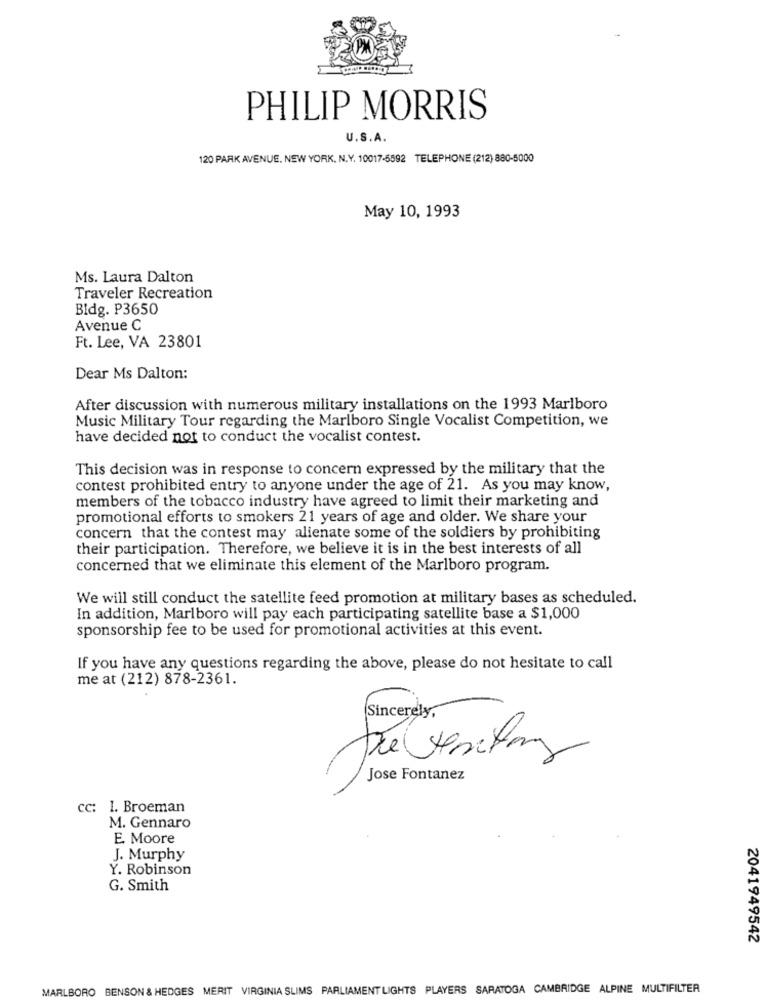
PHILIP MORRIS
U.S.A.
120 PARK AVENUE. NEW YORK. N.Y. 10017-5592 TELEPHONE (212) 880-5000
May 10, 1993
Ms. Laura Dalton
Traveler Recreation
Bldg. P3650
Avenue C
Ft. Lee, VA 23801
Dear Ms Dalton:
After discussion with numerous military installations on the 1993 Marlboro
Music Military Tour regarding the Marlboro Single Vocalist Competition, we
have decided not to conduct the vocalist contest.
This decision was in response to concern expressed by the military that the
contest prohibited entry to anyone under the age of 21. As you may know,
members of the tobacco industry have agreed to limit their marketing and
promotional efforts to smokers 21 years of age and older. We share your
concern that the contest may alienate some of the soldiers by prohibiting
their participation. Therefore, we believe it is in the best interests of all
concerned that we eliminate this element of the Marlboro program.
We will still conduct the satellite feed promotion at military bases as scheduled.
In addition, Marlboro will pay each participating satellite base a $1,000
sponsorship fee to be used for promotional activities at this event.
If you have any questions regarding the above, please do not hesitate to call
me at (212) 878-2361.
Sincerely,
Jose Fontanez
Cc: 1. Broeman
M. Gennaro
E. Moore
J. Murphy
Y. Robinson
G. Smith
2041949542
MARLBORO BENSON & HEDGES MERIT VIRGINIA SLIMS PARLIAMENT LIGHTS PLAYERS SARATOGA CAMBRIDGE ALPINE MULTIFILTER